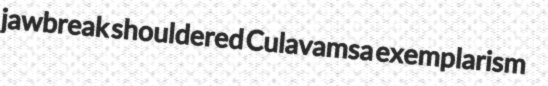
jawbreak shouldered Culavamsa exemplarism